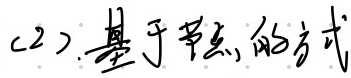
(2).基于节点的方式